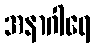
အနာဂါရေ